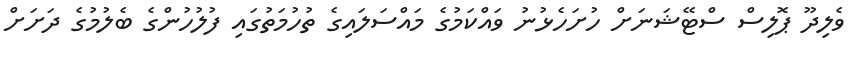
ވެލިދޫ ޕޮލިސް ސްޓޭޝަނަށް ހުށަހެޅުނު ވައްކަމުގެ މައްސަލައިގެ ތުހުމަތުގައި ފުލުހުންގެ ބެލުމުގެ ދަށަށް